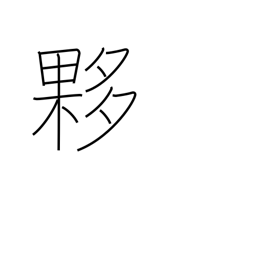
Meaning: immense